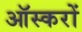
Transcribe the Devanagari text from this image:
ऑस्करों